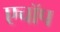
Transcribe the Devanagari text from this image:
एचॉप